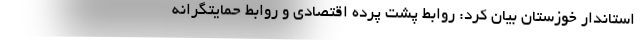
استاندار خوزستان بیان کرد: روابط پشت پرده اقتصادی و روابط حمایتگرانه